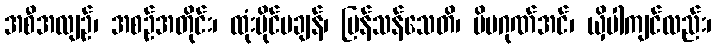
အစီအလျဉ်၊ အစဉ်အတိုင်း၊ ထုံးပိုင်မချန်၊ မြန်သန်သေတိ၊ မိမဂုဏ်အင်၊ ယှိပါကျင်လည်း၊